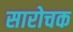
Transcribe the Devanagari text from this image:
सारोचक